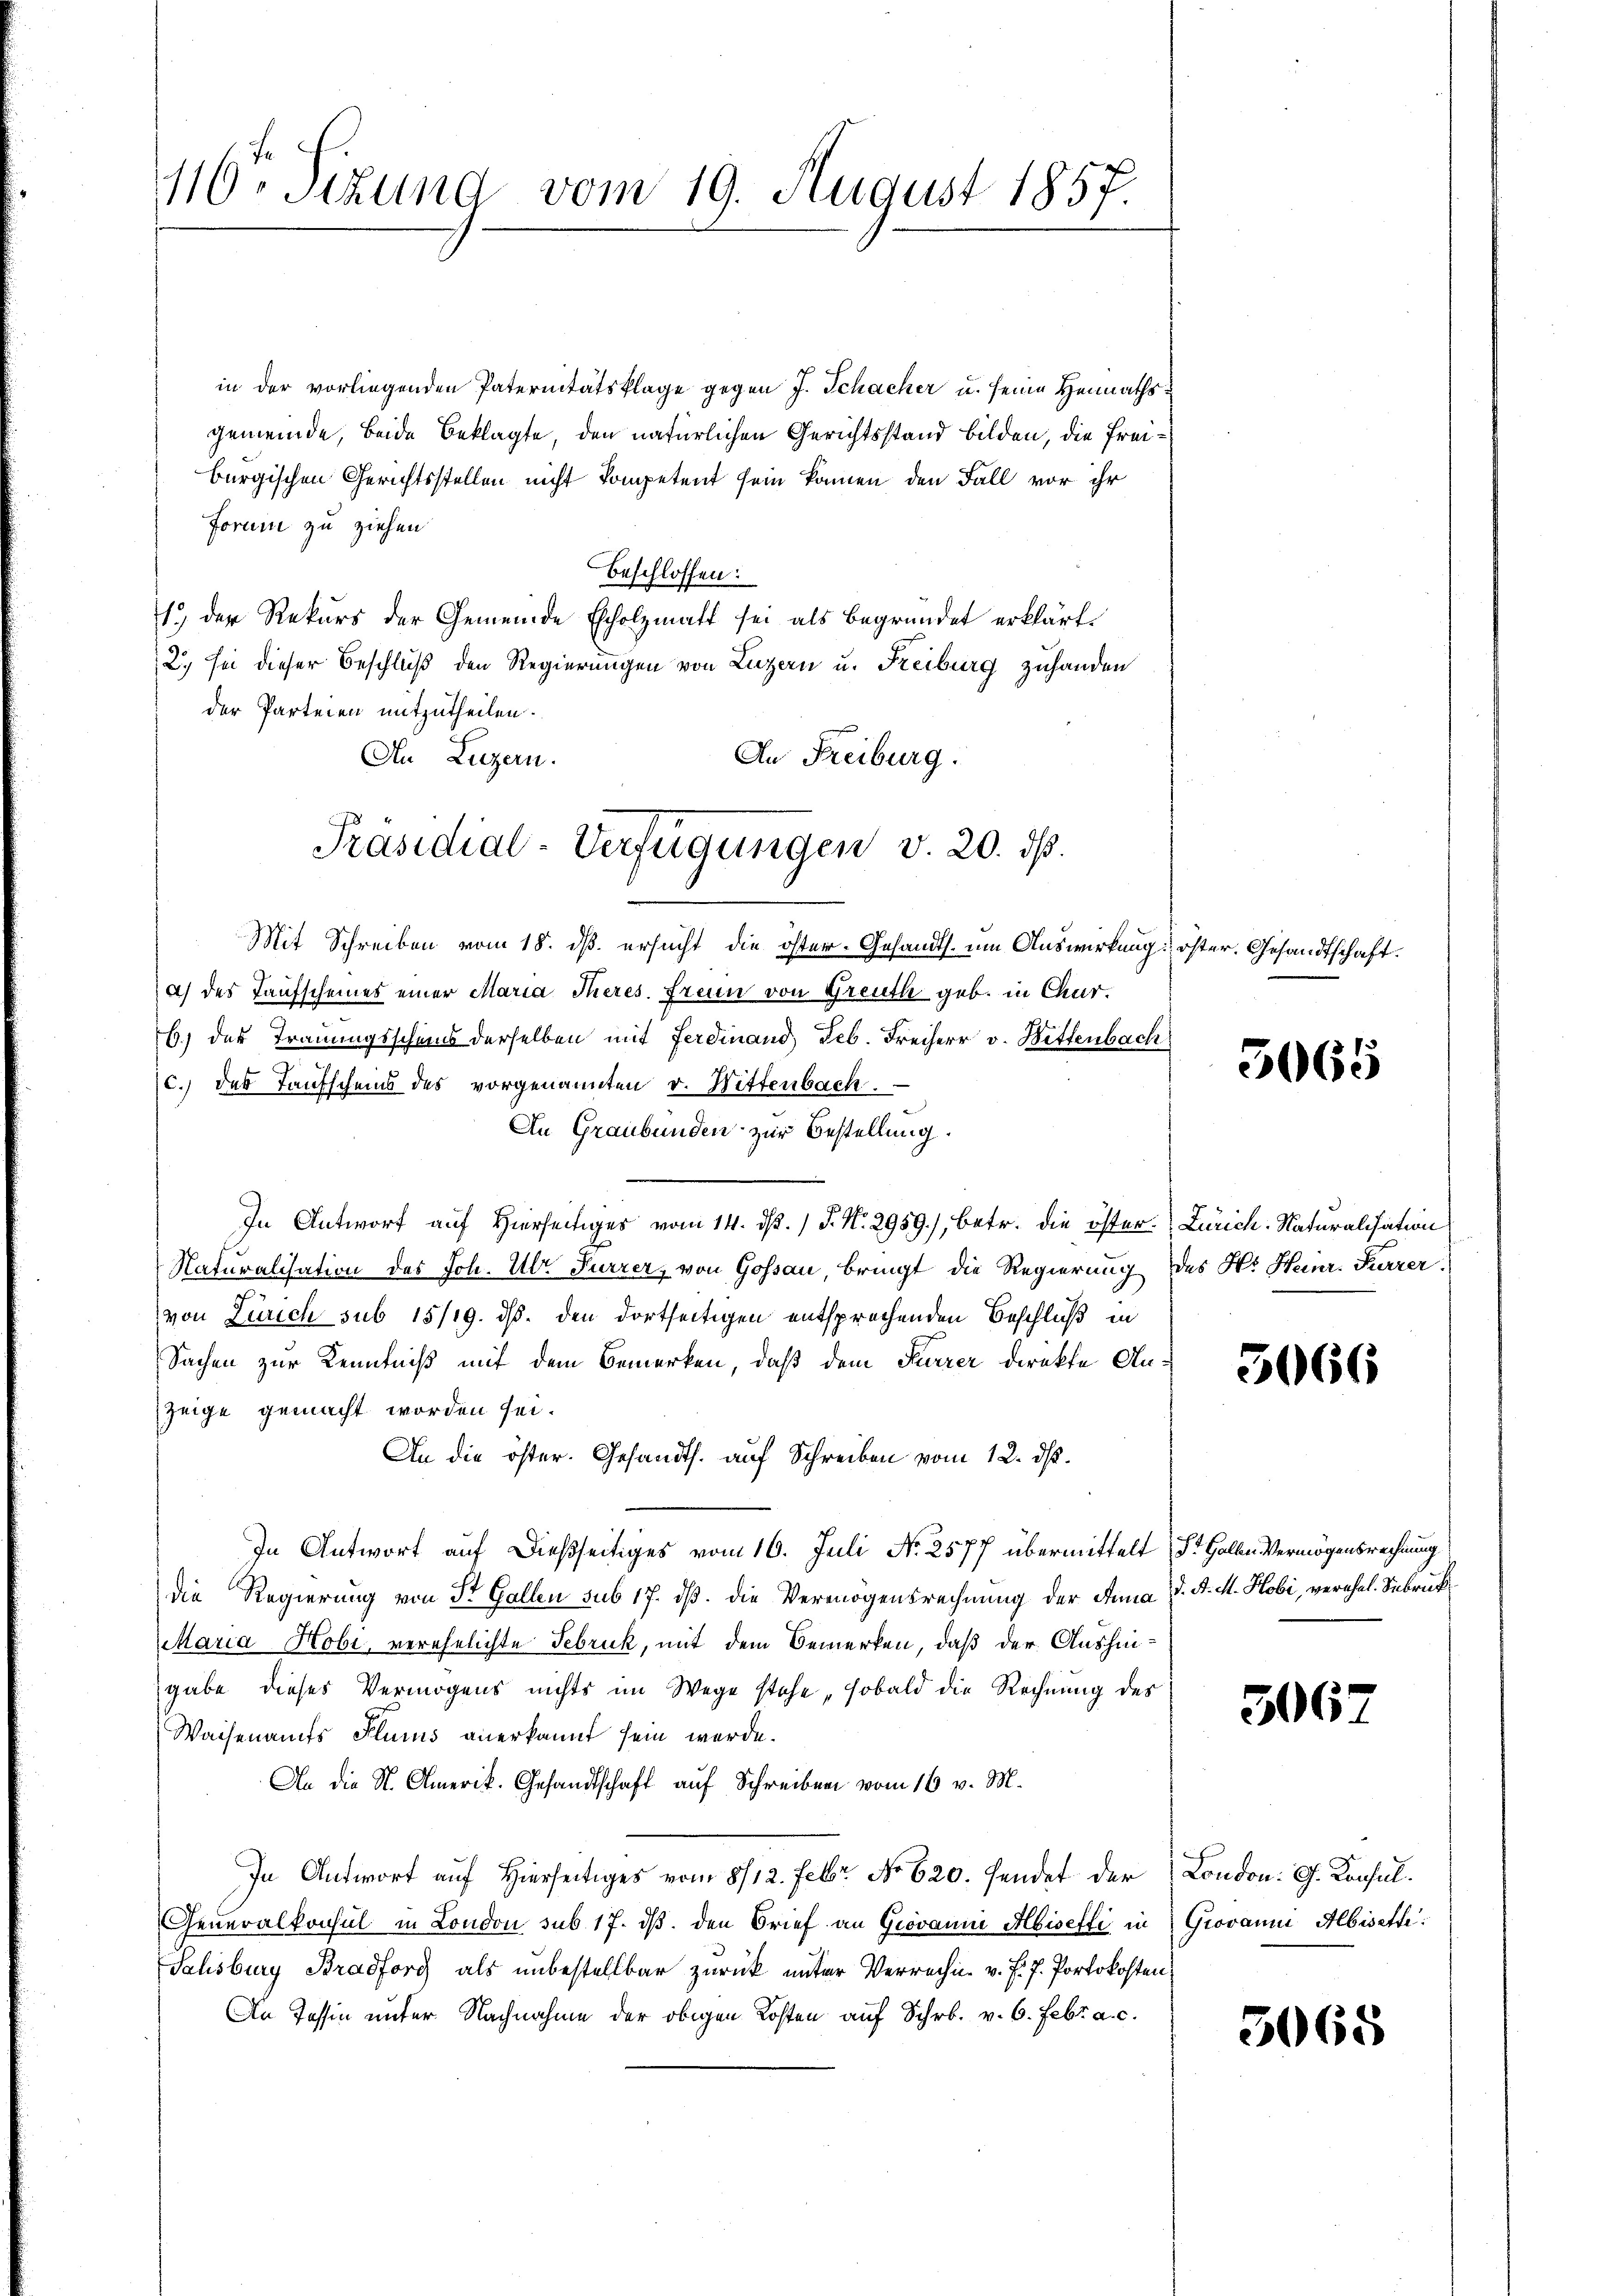
116. Sizung vom 19. August 1857.

in der vorliegenden Paternitätsklage gegen J. Schacher u. seine Heimathsgemeinde, beide Beklagte, den natürlichen Gerichtsstand bilden, die Freiburgischen Gerichtsstellen nicht kompetent sein können den Fall vor ihr
Forni zu ziehen
beschlossen:
1.) Der Rekurs der Gemeinde Escholzmatt sei als begründet erklärt.
2) sei dieser Beschluß den Regierungen von Luzern u. Freiburg zu handen
der Parteien mitzutheilen.
Au Luzern.
An Freiburg.
Mit Schreiben vom 18. ds. ersucht die öster-Gesandts. um Auswirkung öster. Gesandtschaft.
a) des Taufscheines einer Maria Theres. Freun von Greuth geb. in Chur.
6) der Trauungsscheins derselben mit Ferdinand, Feb. Freiherr v. Wettenbach
c.) des Taufscheins des vorgenannten v. Wittenbach
An Graubünden zur Bestellung
In Antworf auf Hiersee vom 14. d. 1 P. Nr. 2959), betr. die öster. Zürich. Naturalisation
Naturalisation des Joh. Ulr. Furrer, von Gossau, bringt die Regierung des H. Heinr. Furrer
z
von Zürich sub 15/19. ds. den dortseitigen entsprechenden Beschluß in
Sachen zur Kenntniß mit dem Bemerken, daß dem Kurzer direkte Anzeige gemacht worden sei.
An die öster. Gesandts. auf Schreiben vom 12. d.
In Antwort auf dießseitiges vom 16. Juli No 2577 übermittelt St. Halbe Vermögensrechnung
die Regierung von St. Gallen sub 17. ds. die Vermögensrechnung der Anna d. A. M. Hobi, verehel. Sabrück
Maria Hobi, verehelichte Februck, mit dem Bemerken, daß der Aushingabe dieses Vermögens nichts im Wege stehe, sobald die Rechnung des
Waisenamts Flums anerkannt sein werde.
An die N. Amerik. Gesandtschaft auf Schreiben vom 16 v. M.
In Antwort auf Hierseitiges vom 8/12. Febr. No 620. Fendet der London. G. Konsul¬
Generalkonsul in London sub 17. ds. den Brief an Giovanni Abisefti in Giovanni Albisetze
Sahsburg Bradforg als unbestellbar zurück unter Verrechn v. J. J. Portokosten
An Tessin unter Nachnahme der obigen Kosten auf Schr. v. 6. Febr. a. c.

Präsidial-Verfügungen v. 20. dß.

5065

5066

5067

3068